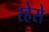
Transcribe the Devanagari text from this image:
रहेसे